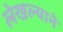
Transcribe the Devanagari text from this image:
लेखल्याने